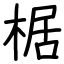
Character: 椐